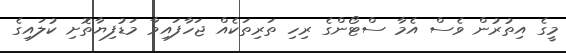
މީގެ އިތުރުން ވެސް އެމާ ސްޓޯންގެ ރިހި ތަރިތަކެއް ޖަހާފައިވާ މަޑުފިޔާތޮށި ކުލައިގެ